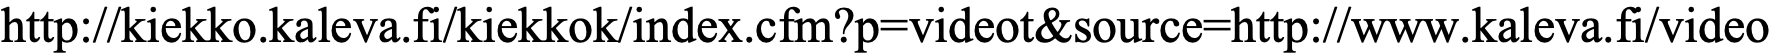
http://kiekko.kaleva.fi/kiekkok/index.cfm?p=videot&source=http://www.kaleva.fi/video